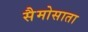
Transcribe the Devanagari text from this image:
सैमोसाता